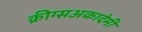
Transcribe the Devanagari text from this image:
क्रीग्सअकादेमी